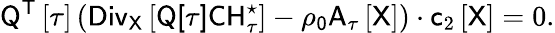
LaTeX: \mathsf{Q}^{\sf T}\left[\tau\right]\left(\sf{Div}_{\mathsf{X}}\left[\sf{Q}[\tau]\mathsf{C}\mathsf{H}_{\tau}^{\star}\right]-\rho_{0}\sf{A}_{\tau}\left[\sf X\right]\right)\cdot\mathsf{c}_{2}\left[\mathsf{X}\right]=0.